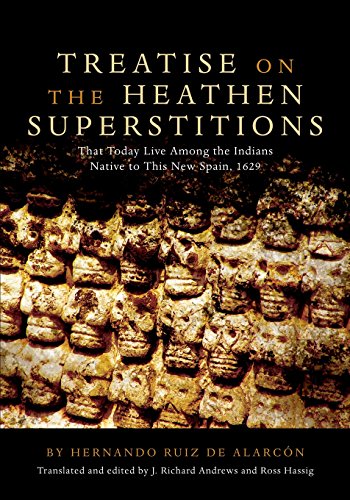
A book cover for Treatise on the Heathen Superstitions: That Today Live Among the Indians Native to This New Spain, 1629 (Civilization of the American Indian Series) (The Civilization of the American Indian Series); Hernando Ruiz de AlarcÃ³n; History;